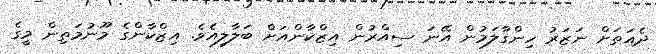
ދެއަތަށް ނަޒަރު ހިންގާލަމުން އޭނަ ސިއްރުން އިޒްކާންއަށް ބަލާލިއެވެ. އިޒްކާންގެ މޫނުމަތިން މީގެ